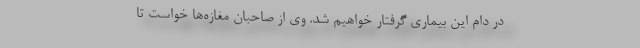
در دام این بیماری گرفتار خواهیم شد. وی از صاحبان مغازه‌ها خواست تا